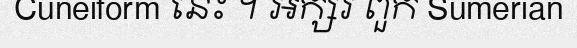
Cuneiform នេះ ។ អក្សរ ពួក Sumerian